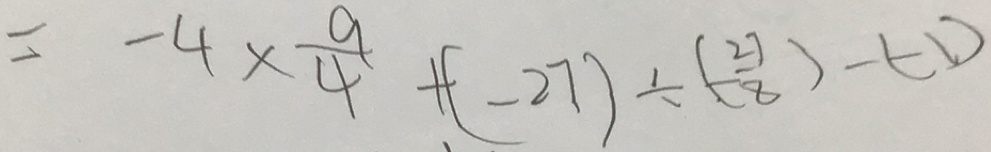
= - 4 \times \frac { 9 } { 4 } + ( - 2 7 ) \div ( - \frac { 2 7 } { 8 } ) - ( - 1 )